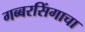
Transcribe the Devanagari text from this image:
गब्बरसिंगाचा